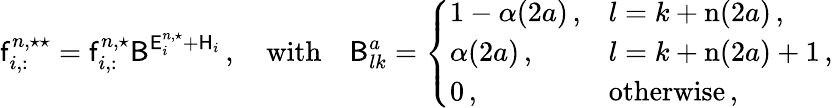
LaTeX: \mathsf{f}_{i,:}^{n,\star\star}=\mathsf{f}_{i,:}^{n,\star}\mathsf{B}^{\mathsf{E}_{i}^{n,\star}+\mathsf{H}_{i}}\, ,\quad\mathrm{with}\quad\mathsf{B}_{lk}^{a}=\left\{ \begin{array}{ll}{1-\alpha(2a)\, ,}&{l=k+\mathrm{n}(2a)\, ,}\\ {\alpha(2a)\, ,}&{l=k+\mathrm{n}(2a)+1\, ,}\\ {0\, ,}&{\mathrm{otherwise}\, ,}\end{array}\right.